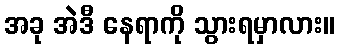
အခု အဲဒီ နေရာကို သွားရမှာလား။